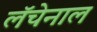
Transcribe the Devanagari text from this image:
लॅचेनाल